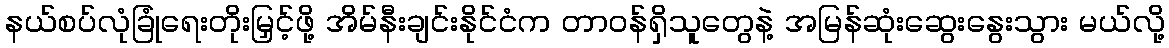
နယ်စပ်လုံခြုံရေးတိုးမြှင့်ဖို့ အိမ်နီးချင်းနိုင်ငံက တာဝန်ရှိသူတွေနဲ့ အမြန်ဆုံးဆွေးနွေးသွား မယ်လို့